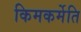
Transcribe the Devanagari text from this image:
किमकर्मेति